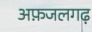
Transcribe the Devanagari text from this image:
अफ़जलगढ़